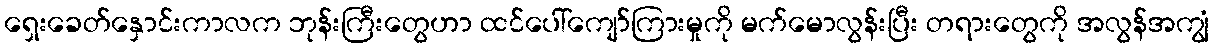
ရှေးခေတ်နှောင်းကာလက ဘုန်းကြီးတွေဟာ ထင်ပေါ်ကျော်ကြားမှုကို မက်မောလွန်းပြီး တရားတွေကို အလွန်အကျွံ